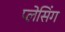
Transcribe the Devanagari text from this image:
प्लेसिंग